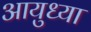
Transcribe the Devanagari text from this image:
आयुध्या